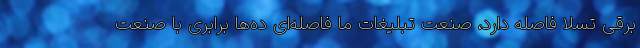
برقی تسلا فاصله دارد، صنعت تبلیغات ما فاصله‌ای ده‌ها برابری با صنعت